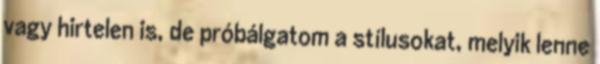
vagy hirtelen is, de próbálgatom a stílusokat, melyik lenne